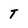
Character: T